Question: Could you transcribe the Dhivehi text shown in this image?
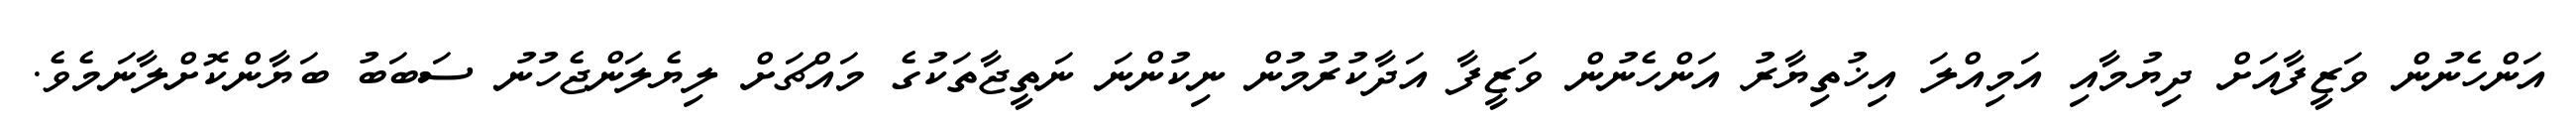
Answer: އަންހެނުން ވަޒީފާއަށް ދިޔުމާއި އަމިއްލަ އިޚުތިޔާރު އަންހެނުން ވަޒީފާ އަދާކުރުމުން ނިކުންނަ ނަތީޖާތަކުގެ މައްޗަށް ލިޔެލަންޖެހުނު ސަބަބު ބަޔާންކޮށްލާނަމެވެ.